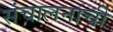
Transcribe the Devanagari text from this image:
संचालनाची